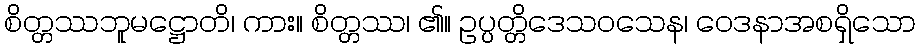
စိတ္တဿဘူမဋ္ဌောတိ၊ ကား။ စိတ္တဿ၊ ၏။ ဥပ္ပတ္တိဒေသဝသေန၊ ဝေဒနာအစရှိသော